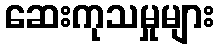
ဆေးကုသမှုများ